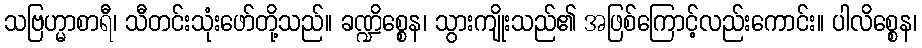
သဗြဟ္မာစာရီ၊ သီတင်းသုံးဖော်တို့သည်။ ခဏ္ဍိစ္စေန၊ သွားကျိုးသည်၏ အဖြစ်ကြောင့်လည်းကောင်း။ ပါလိစ္စေန၊